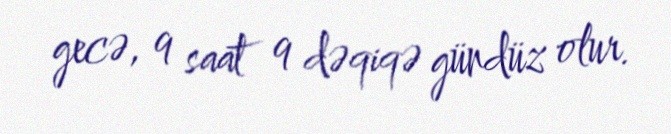
gecə, 9 saat 9 dəqiqə gündüz olur.